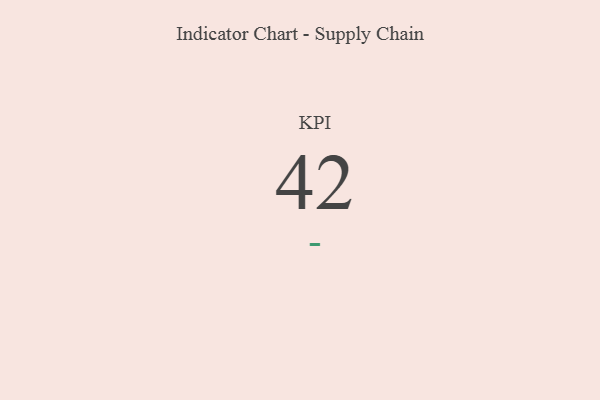
{"axis": {"x": "KPI", "y": "Value"}, "legend": [""], "data": [{"x": "KPI", "y": 42, "type": ""}]}